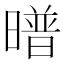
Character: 𭧱